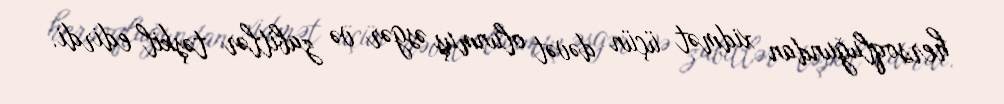
hersoqluğundan xidmət üçün dəvət olunmuş əsgər və zabitlər təşkil edirdi.